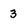
Character: 3